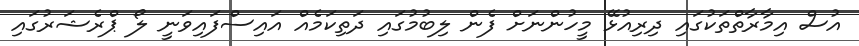
އުސް އިމާރާތްތަކުގައި ދިރިއުޅޭ މީހުންނަށް ފެން ލިބުމުގައި ދަތިކަމެއް އައިސްފައިވަނީ ލޯ ޕްރެޝަރުގައި